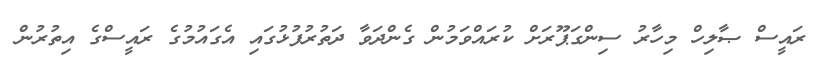
ރައީސް ޞާލިހް މިހާރު ސިންގަޕޫރަށް ކުރައްވަމުން ގެންދަވާ ދަތުރުފުޅުގައި އެގައުމުގެ ރައީސްގެ އިތުރުން